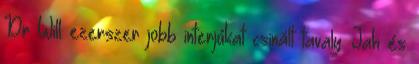
Dr Will ezerszer jobb interjúkat csinált tavaly. Jah és